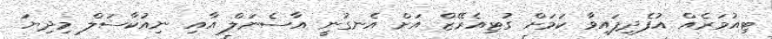
ޓިއުމަރެއް އުފެދިފައިވާ ކަމަށް ގުޓިއެރޭޒް އަށް އެނގުނީ އާސެނަލް އާއި ނިއުކާސަލް މިދިޔަ